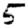
Digit: 5